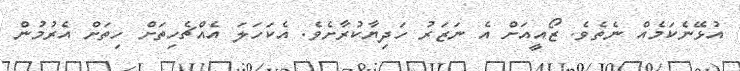
އުޅޭނެކަމެއް ނެތެވެ. ޒޯއީއަށް އެ ނަޒަރު ހަދިޔާކުރާށެވެ. އެކަހަލަ އެއްޗެހިތަށް ހިތަށް އެރުމުން